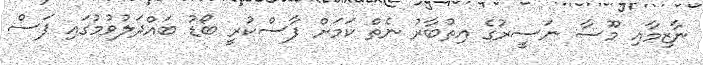
ނާޒިމާއި މޫސާ ނަސީރުގެ އިތުބާރު ނެތް ކަމަށް ފާސްކުރީ ބޯޑު ބައްދަލުވުމުގައި ފަސް